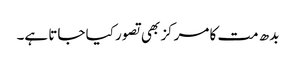
بدھ مت کا مرکز بھی تصور کیا جاتا ہے۔